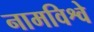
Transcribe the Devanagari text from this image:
नामविश्वे